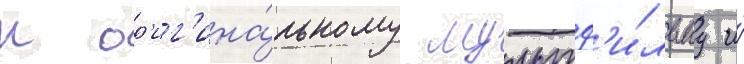
к ор'иг'ина́льному мультф'и́льму и́